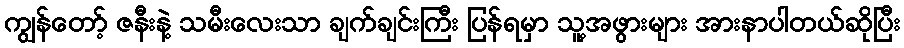
ကျွန်တော့် ဇနီးနဲ့ သမီးလေးသာ ချက်ချင်းကြီး ပြန်ရမှာ သူ့အဖွားများ အားနာပါတယ်ဆိုပြီး